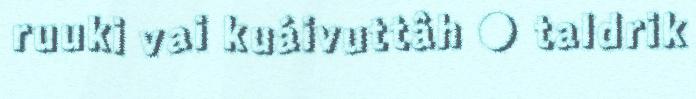
ruuki vai kuáivuttâh ● taldrik